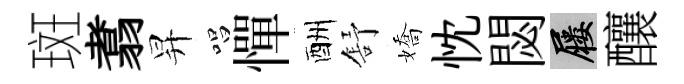
斑翥昇唱憚酬舒嬌忱閟屨釀